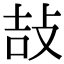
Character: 𢼣